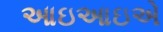
આઇઆઇએ